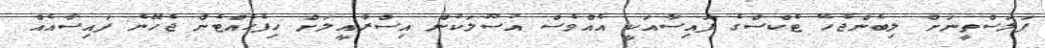
ފަލަސްތީނަށް ލިބެންޖެހޭ ޓެކްސްގެ ފައިސާއަކީ އެއްވެސް އުސޫލަކުން އިސްރާއީލަށް ހިފެހެއްޓެން ޖެހޭނެ ފައިސާއެއް